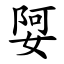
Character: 娿